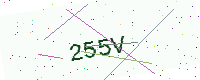
Text: 255V